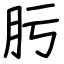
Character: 肟